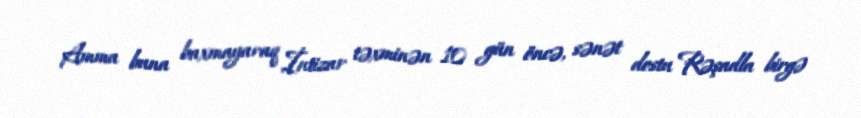
Amma buna baxmayaraq İntizar təxminən 10 gün öncə, sənət dostu Rəşadla birgə